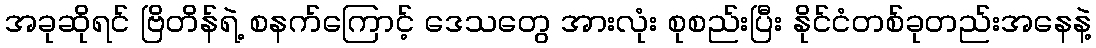
အခုဆိုရင် ဗြိတိန်ရဲ့ စနက်ကြောင့် ဒေသတွေ အားလုံး စုစည်းပြီး နိုင်ငံတစ်ခုတည်းအနေနဲ့